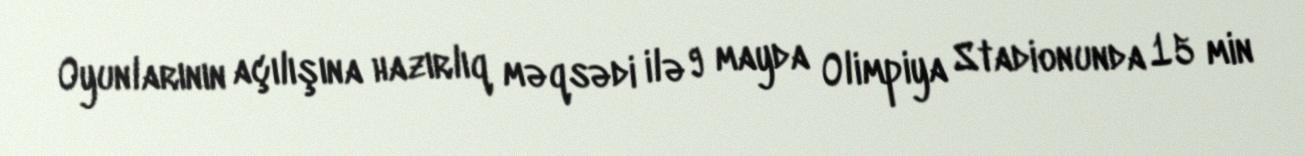
Oyunlarının açılışına hazırlıq məqsədi ilə 9 mayda Olimpiya Stadionunda 15 min